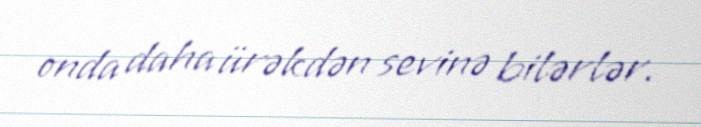
onda daha ürəkdən sevinə bilərlər.